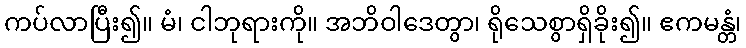
ကပ်လာပြီး၍။ မံ၊ ငါဘုရားကို။ အဘိဝါဒေတွာ၊ ရိုသေစွာရှိခိုး၍။ ဧကမန္တံ၊